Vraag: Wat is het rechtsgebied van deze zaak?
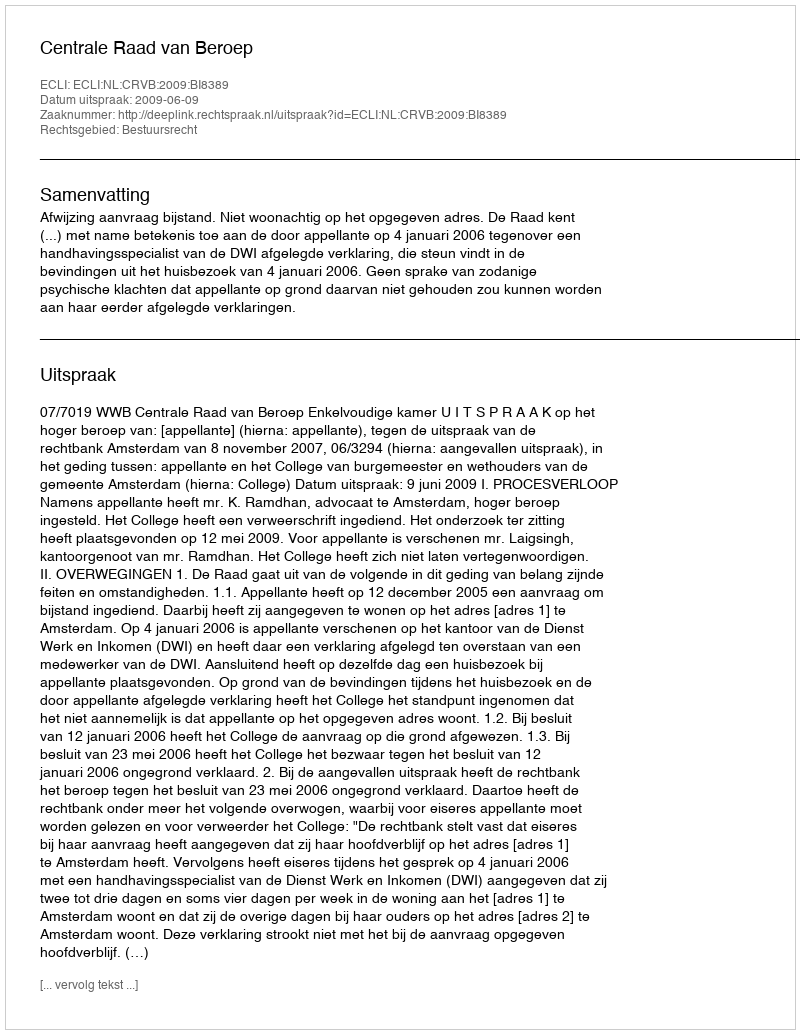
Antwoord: Bestuursrecht